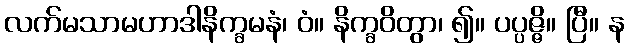
လက်မသာမဟာဒါနိက္ခမနံ၊ ဝံ။ နိက္ခဝိတွာ၊ ၍။ ပပ္ပဇ္ဇိ။ ပြီ။ န